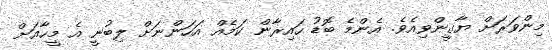
މިންވަރަށް ޔާޤީންވިއެވެ. އެންމެ ބޮޑު ހައިރާން ކަމެއް އަހަންނަށް ލިބުނީ އެ މީހާއަށް